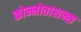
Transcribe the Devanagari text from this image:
कोन्नोताशन्स